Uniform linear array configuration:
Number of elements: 48
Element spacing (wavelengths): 0.5
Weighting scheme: exponential
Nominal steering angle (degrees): -45
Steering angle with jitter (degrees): -43.439
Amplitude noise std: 0.05
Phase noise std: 0.05

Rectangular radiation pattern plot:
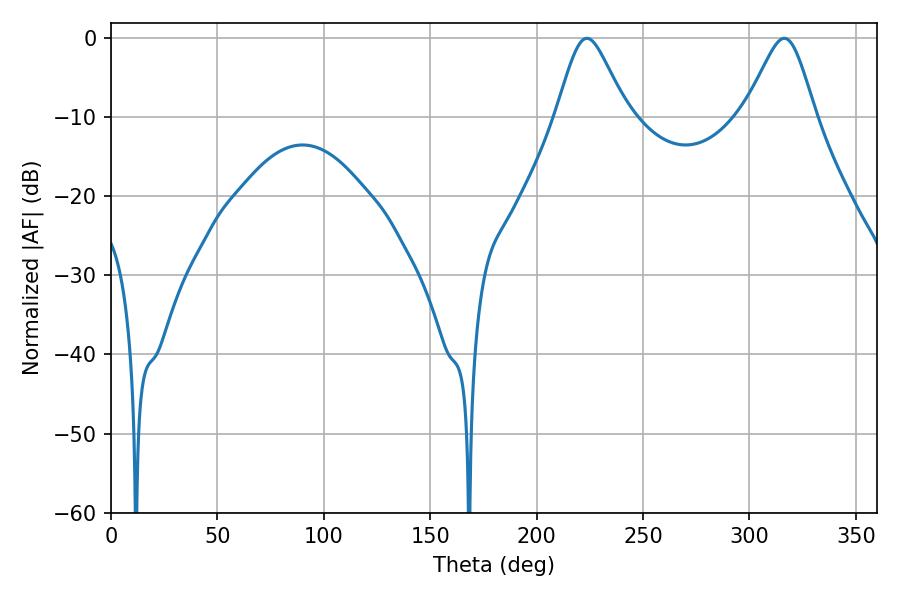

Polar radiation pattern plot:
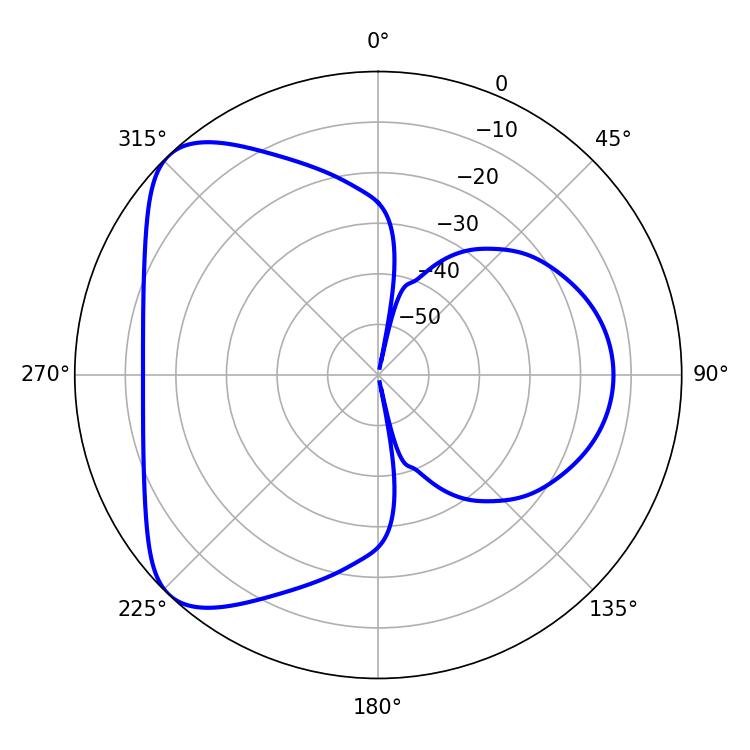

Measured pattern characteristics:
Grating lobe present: FALSE
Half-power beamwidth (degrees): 16.2
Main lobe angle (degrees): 223.56